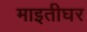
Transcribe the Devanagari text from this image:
माइतीघर